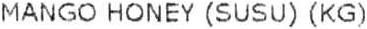
MANGO HONEY (SUSU) (KG)